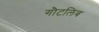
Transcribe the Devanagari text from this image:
गौटलिब